Annual administration report of the Civil Veterinary Department of India - 1898-1899
Year: 1898
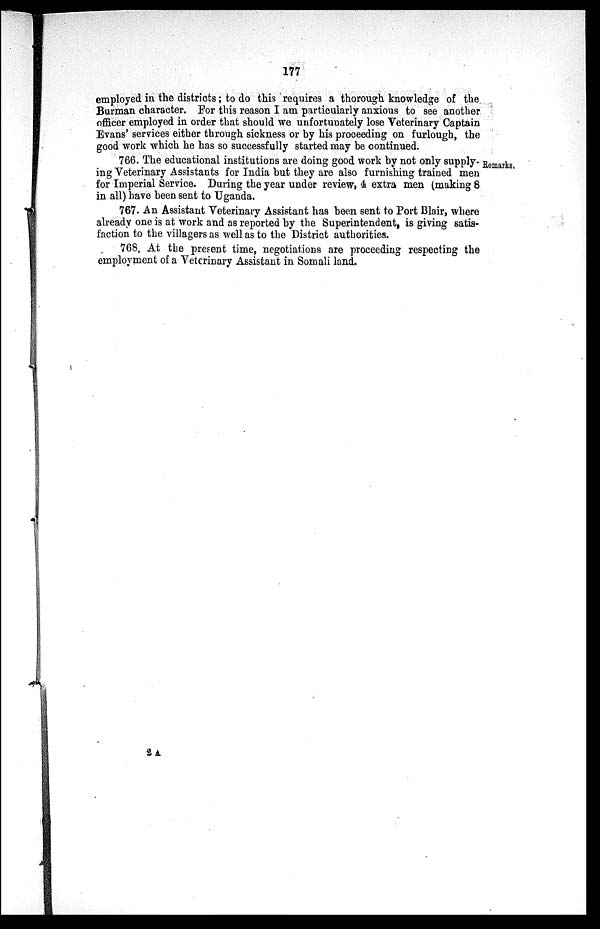
177
employed in the districts; to do this requires a thorough knowledge of the
Burman character. For this reason I am particularly anxious to see another
officer employed in order that should we unfortunately lose Veterinary Captain
Evans' services either through sickness or by his proceeding on furlough, the
good work which he has so successfully started may be continued.
Remarks.
766. The educational institutions are doing good work by not only supply-
ing Veterinary Assistants for India but they are also furnishing trained men
for Imperial Service. During the year under review, 4 extra men (making 8
in all) have been sent to Uganda.
767. An Assistant Veterinary Assistant has been sent to Port Blair, where
already one is at work and as reported by the Superintendent, is giving satis-
faction to the villagers as well as to the District authorities.
768. At the present time, negotiations are proceeding respecting the
employment of a Veterinary Assistant in Somali land.